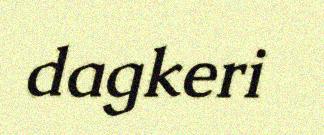
dagkeri